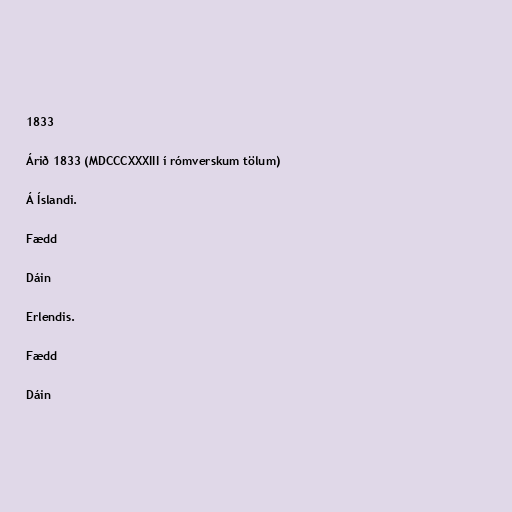
1833

Árið 1833 (MDCCCXXXIII í rómverskum tölum)

Á Íslandi.

Fædd

Dáin

Erlendis.

Fædd

Dáin